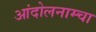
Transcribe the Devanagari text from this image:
आंदोलनाम्चा